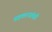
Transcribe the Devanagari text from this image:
सहकाऱ्यांतही